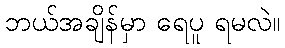
ဘယ်အချိန်မှာ ရေပူ ရမလဲ။